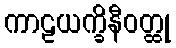
ကာဠယက္ခိနီဝတ္ထု